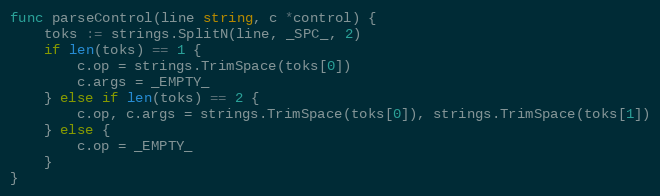
Language: Go
func parseControl(line string, c *control) {
	toks := strings.SplitN(line, _SPC_, 2)
	if len(toks) == 1 {
		c.op = strings.TrimSpace(toks[0])
		c.args = _EMPTY_
	} else if len(toks) == 2 {
		c.op, c.args = strings.TrimSpace(toks[0]), strings.TrimSpace(toks[1])
	} else {
		c.op = _EMPTY_
	}
}